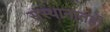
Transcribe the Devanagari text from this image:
संस्थानातही